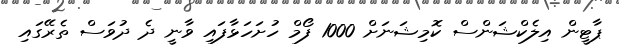
ޕާޓީން އިލެކްޝަންސް ކޮމިޝަނަށް 1000 ފޯމް ހުށަހަޅާފައި ވާނީ ދެ ދުވަސް ތެރޭގައި